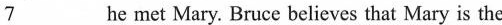
\underline{7} he met Mary. Bruce believes that Mary is the